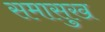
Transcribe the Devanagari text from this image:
समासुख